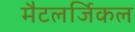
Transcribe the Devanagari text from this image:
मैटलर्जिकल